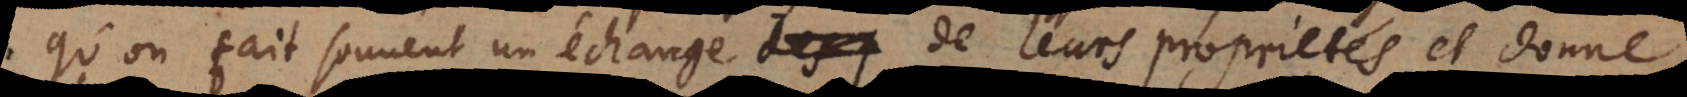
qu’on fait souvent un échange de leurs proprietés et donne